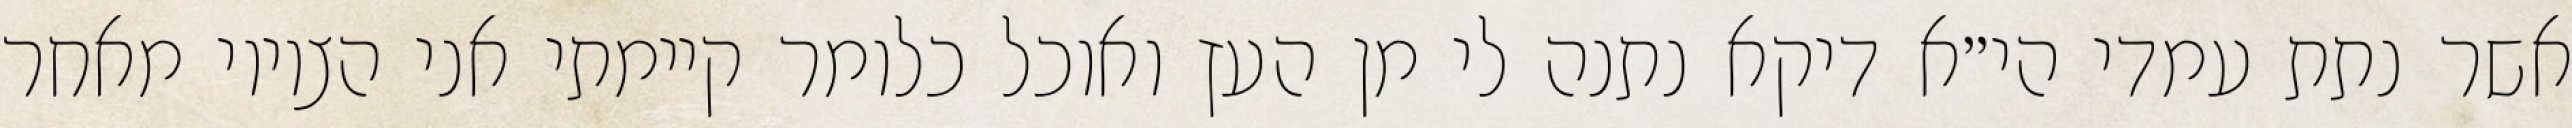
אשר נתת עמדי הי״א דיקא נתנה לי מן העץ ואוכל כלומר קיימתי אני הציווי מאחר